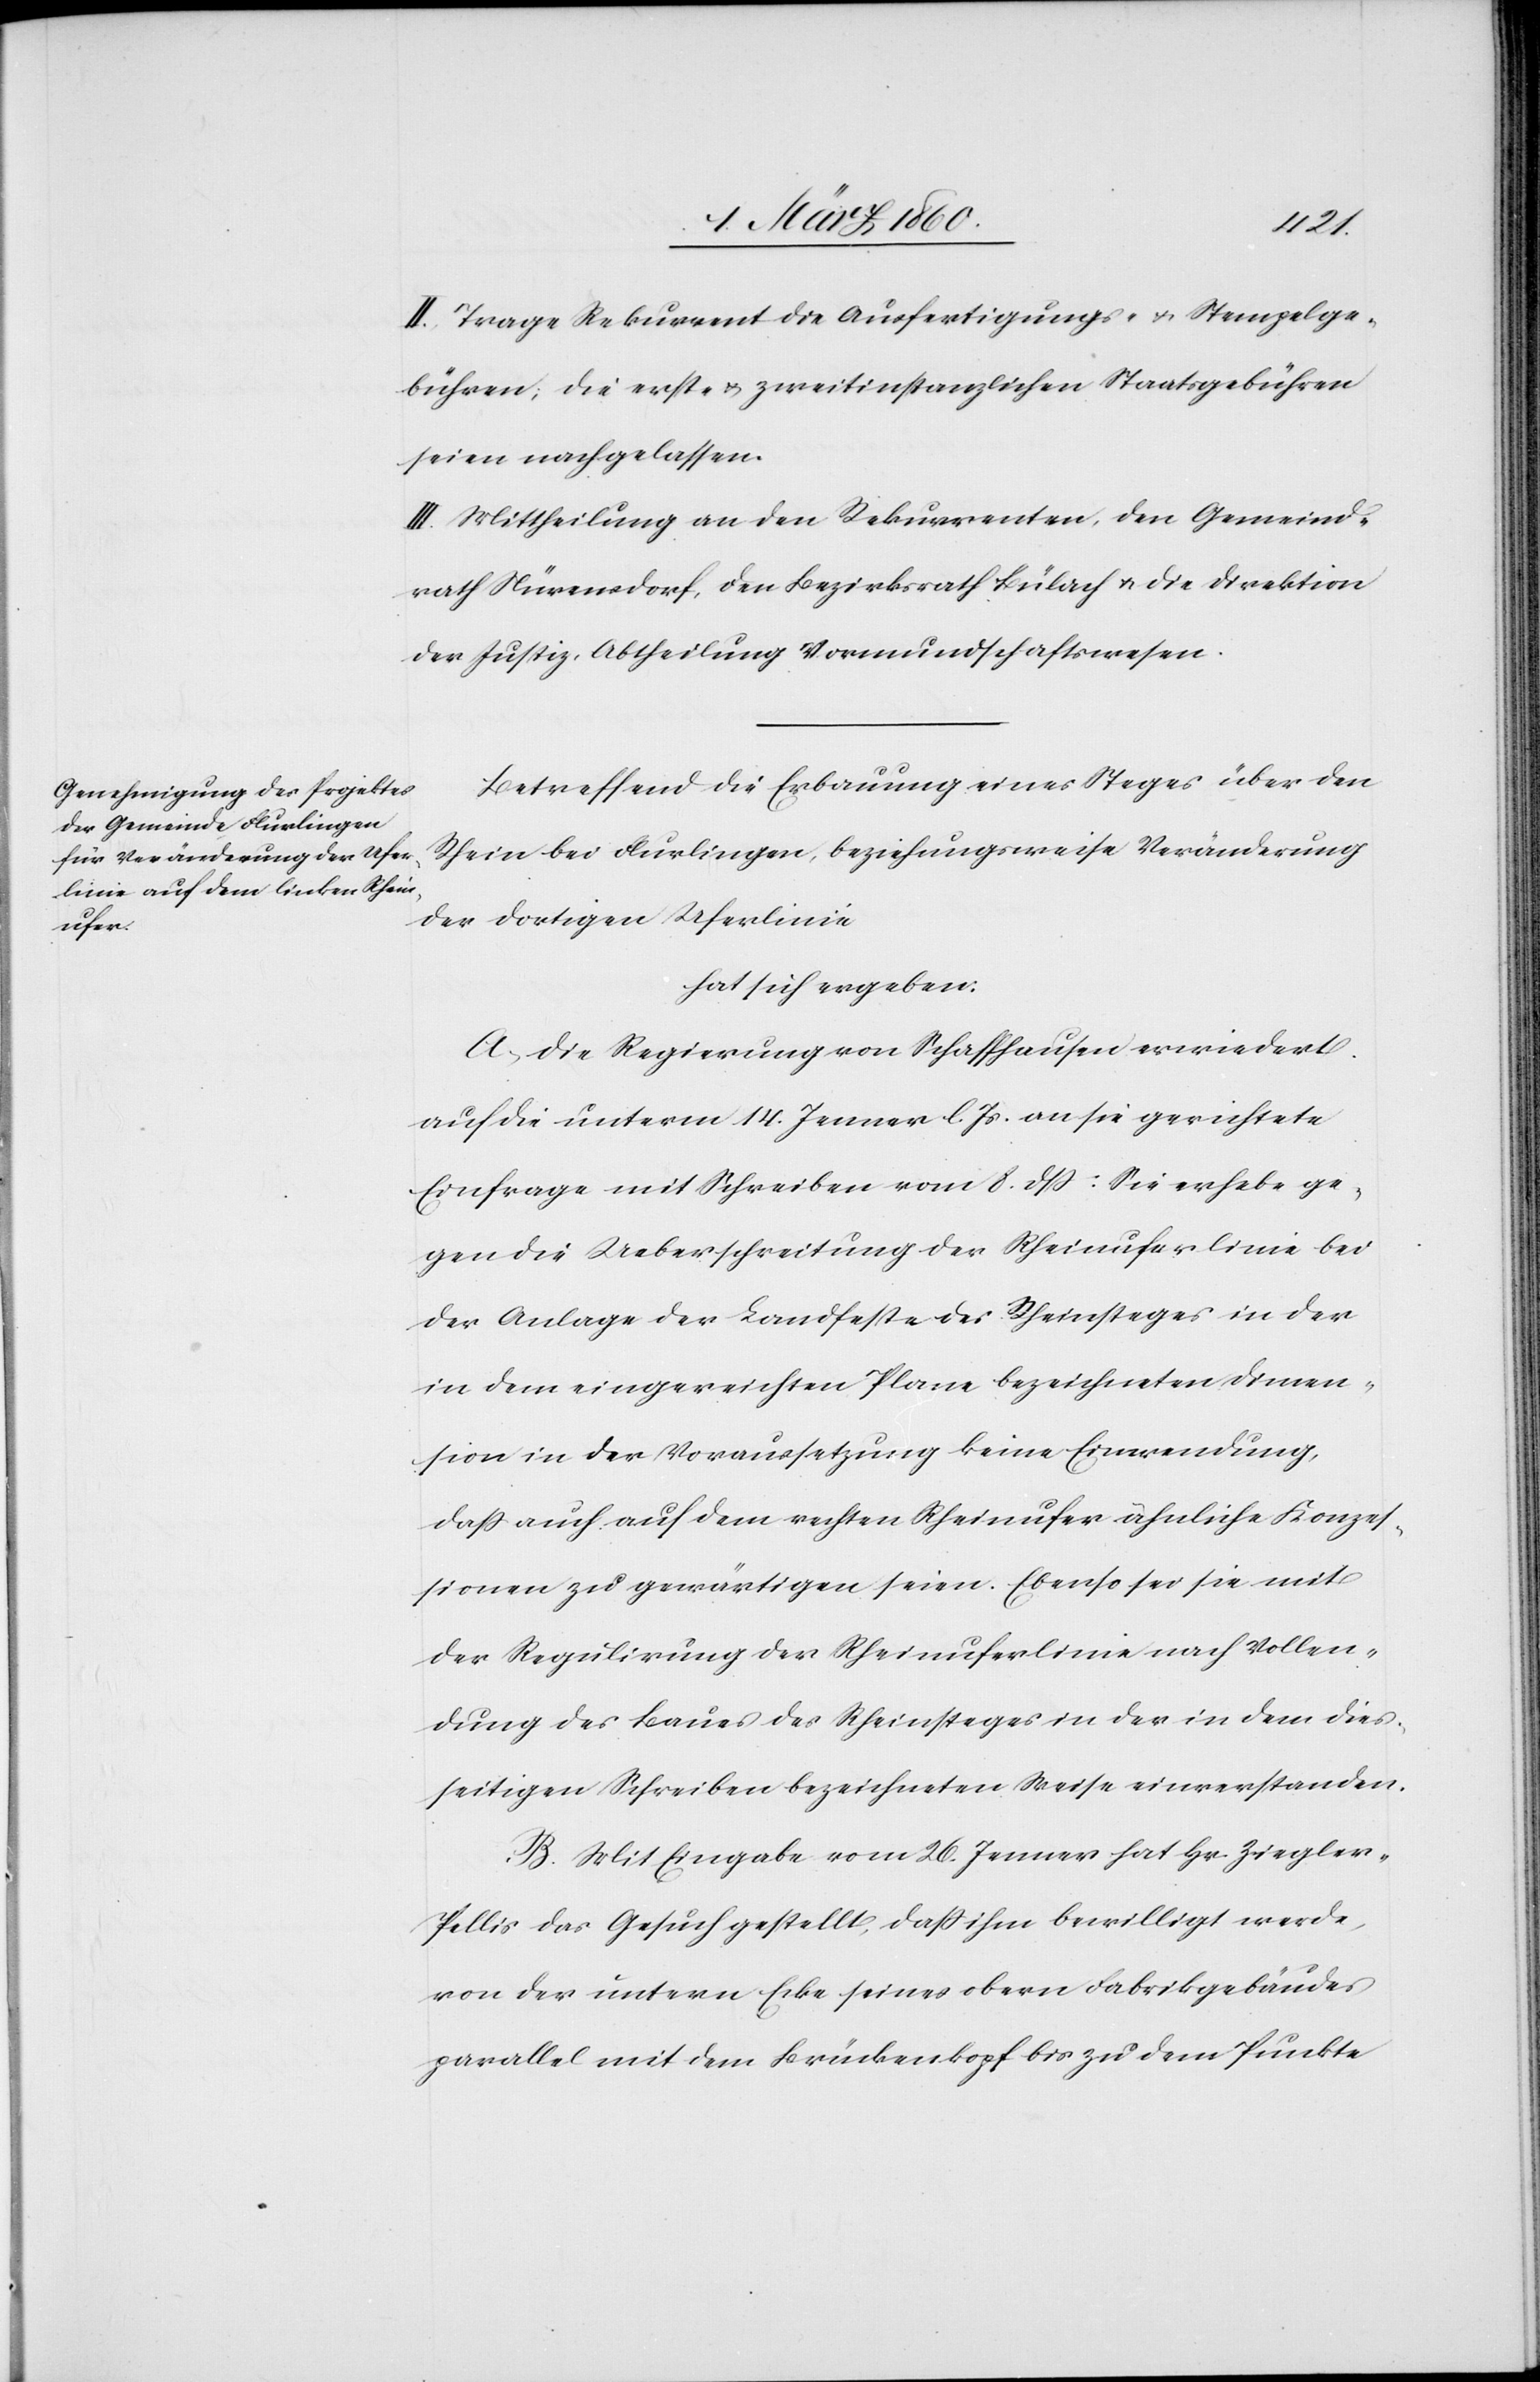
II. Trage Rekurrent die Ausfertigungs- u. Stempelge¬
bühren, die erst- u. zweitinstanzlichen Staatsgebühren
seien nachgelassen.
III. Mittheilung an den Rekurrenten, den Gemeind¬
rath Nürensdorf, den Bezirksrath Bülach u. die Direktion
der Justiz, Abtheilung Vormundschaftswesen.
Betreffend die Erbauung eines Steges über den
Rhein bei Flurlingen, beziehungsweise Veränderung
der dortigen Uferlinie
hat sich ergeben:
A. Die Regierung von Schaffhausen erwiedert
auf die unterm 14. Jenner l. Js. an sie gerichtete
Einfrage mit Schreiben vom 8. dß: Sie erhebe ge¬
gen die Ueberschreitung der Rheinuferlinie bei
der Anlage der Landfeste des Rheinsteges in der
in dem eingereichten Plane bezeichneten Dimen¬
sion in der Voraussetzung keine Einwendung,
dass auch auf dem rechten Rheinufer ähnliche Konzes¬
sionen zu gewärtigen seien. Ebenso sei sie mit
der Regulirung der Rheinuferlinie nach Vollen¬
dung des Baues des Rheinsteges in der in dem dies¬
seitigen Schreiben bezeichneten Weise einverstanden.
B. Mit Eingabe vom 26. Jenner hat Hr. Ziegler-P¬
ellis das Gesuch gestellt, dass ihm bewilligt werde,
von der untern Ecke seines obern Fabrikgebäudes
parallel mit dem Brückenkopf bis zu dem Punkte